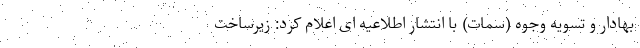
بهادار و تسویه وجوه (سمات) با انتشار اطلاعیه ای اعلام کرد: زیرساخت